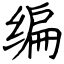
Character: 编